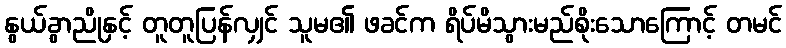
နွယ်ခွာညိုနှင့် တူတူပြန်လျှင် သူမ၏ ဖခင်က ရိပ်မိသွားမည်စိုးသောကြောင့် တမင်